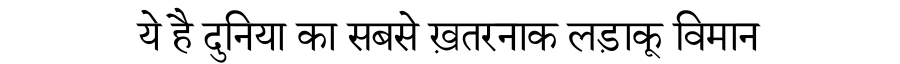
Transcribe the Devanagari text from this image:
ये है दुनिया का सबसे ख़तरनाक लड़ाकू विमान